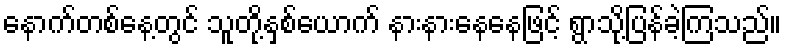
နောက်တစ်နေ့တွင် သူတို့နှစ်ယောက် နားနားနေနေဖြင့် ရွာသို့ပြန်ခဲ့ကြသည်။